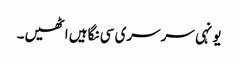
یونہی سرسری سی نگاہیں اٹھیں۔